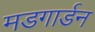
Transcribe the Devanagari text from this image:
मडगार्डन